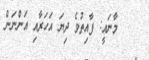
މާނައީ: ފާއިތުވެ ދިޔަ އަހަރާއި އަންނަން